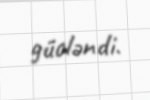
gücləndi.